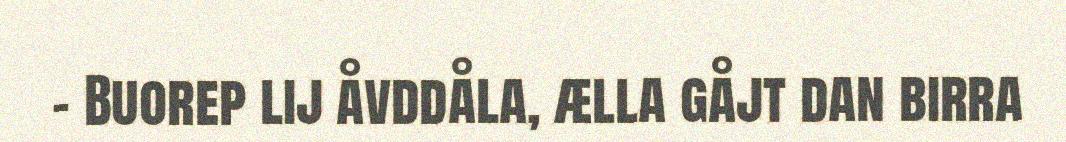
- Buorep lij åvddåla, ælla gåjt dan birra